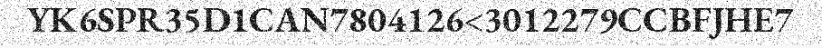
YK6SPR35D1CAN7804126<3012279CCBFJHE7